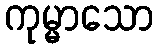
ကုမ္မာသော